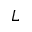
L